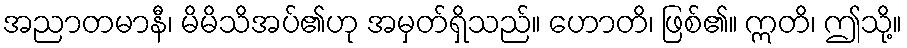
အညာတမာနီ၊ မိမိသိအပ်၏ဟု အမှတ်ရှိသည်။ ဟောတိ၊ ဖြစ်၏။ ဣတိ၊ ဤသို့။